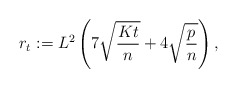
\begin{align*}r_t:= L^2\left(7\sqrt{\frac{Kt}{n}}+4\sqrt{\frac{p}{n}}\right), \end{align*}